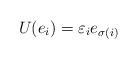
LaTeX: \begin{align*} U(e_i) = \varepsilon_i e_{\sigma(i)} \end{align*}